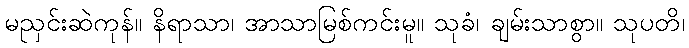
မညှင်းဆဲကုန်။ နိရာသာ၊ အာသာမြစ်ကင်းမူ။ သုခံ၊ ချမ်းသာစွာ။ သုပတိ၊